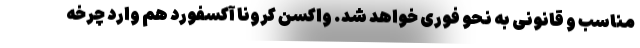
مناسب و قانونی به نحو فوری خواهد شد. واکسن کرونا آکسفورد هم وارد چرخه